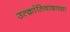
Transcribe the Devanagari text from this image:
उत्क्रांतिवादाच्या